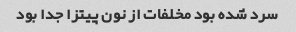
سرد شده بود مخلفات از نون پیتزا جدا بود